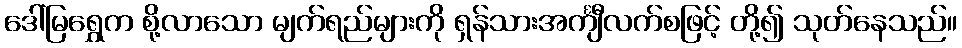
ဒေါ်မြရွှေက စို့လာသော မျက်ရည်များကို ရှန်သားအင်္ကျီလက်စဖြင့် တို့၍ သုတ်နေသည်။